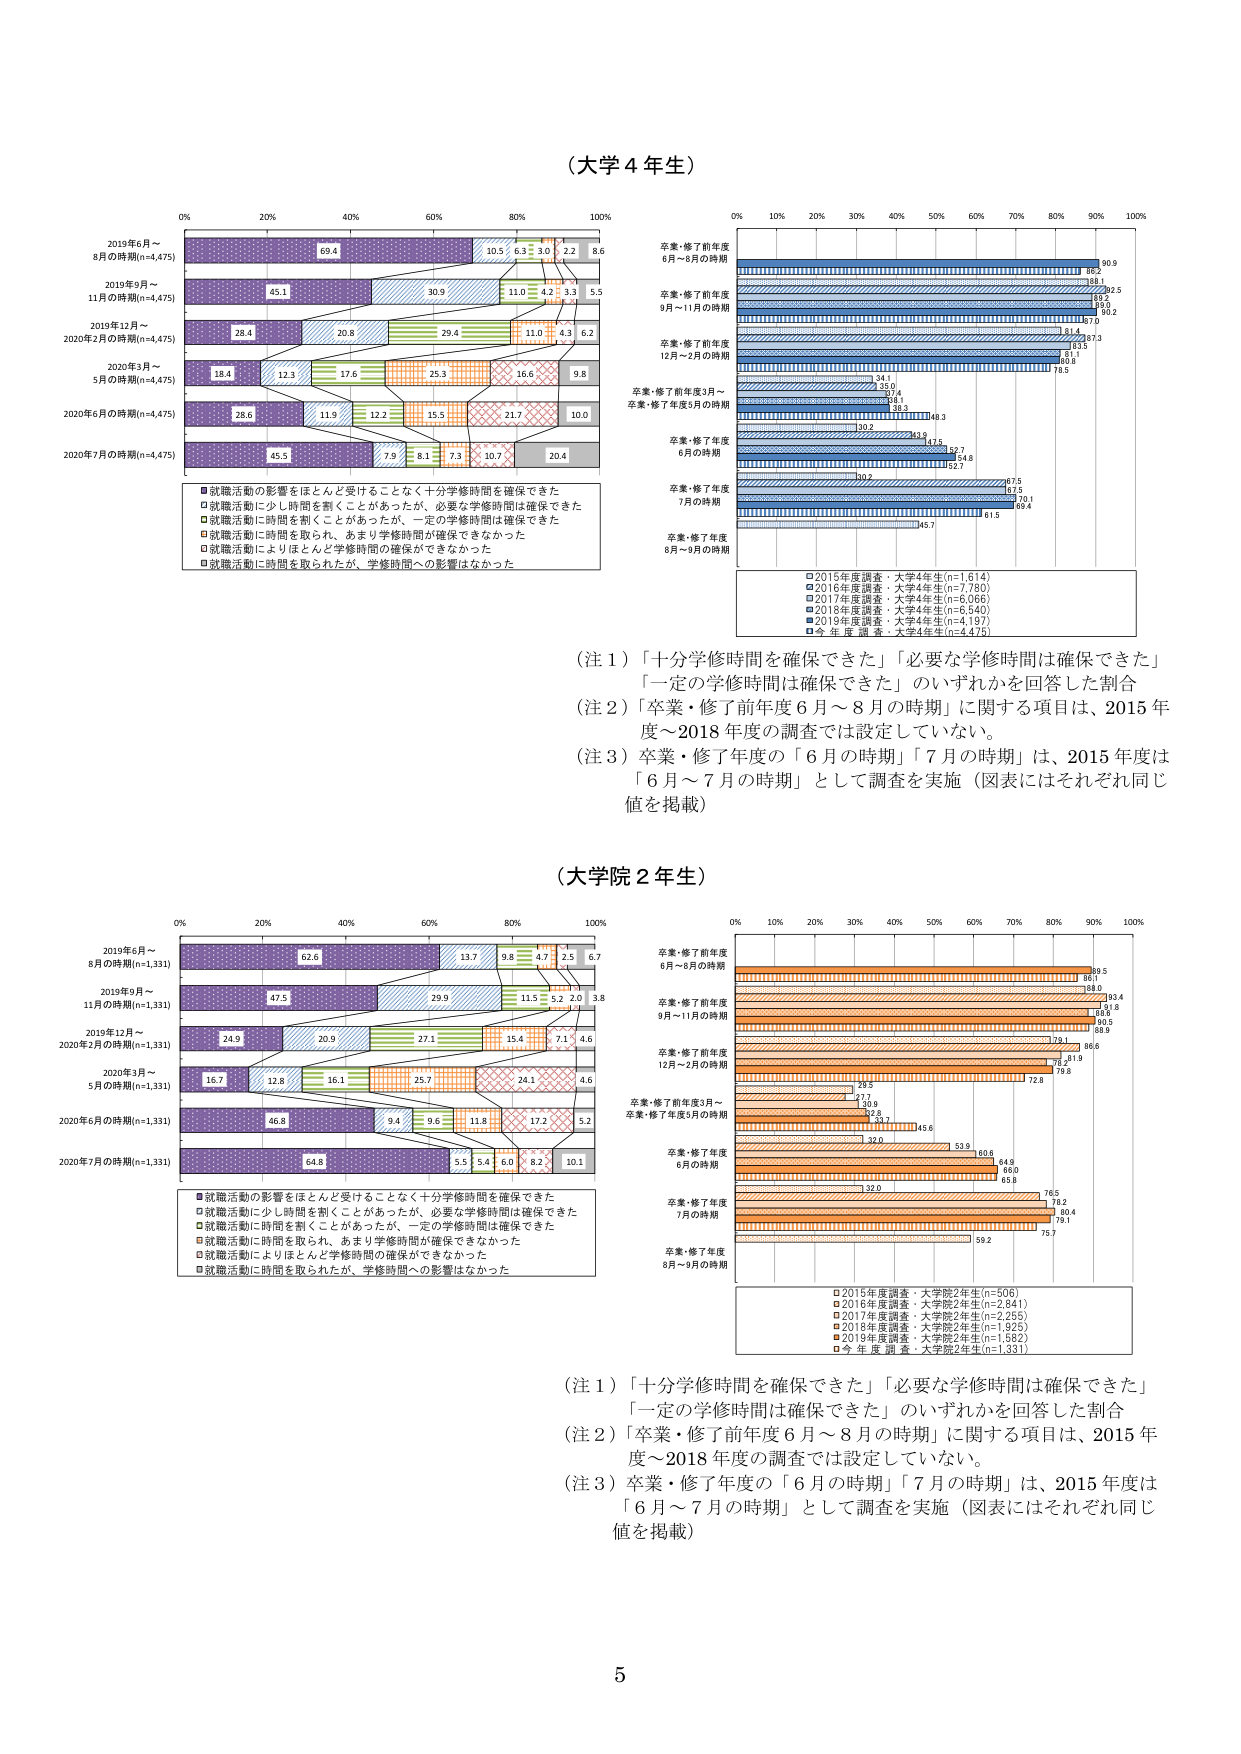
（大学４年生）

0% 20% 40% 60% 80% 100%
2019年6月～
8月の時期(n=4,475)
69.4 10.5 6.3 3.0 2.2 8.6
2019年9月～
11月の時期(n=4,475)
45.1 30.9 11.0 4.2 3.3 5.5
2019年12月～
2020年2月の時期(n=4,475)
28.4 20.8 29.4 11.0 4.3 6.2
2020年3月～
5月の時期(n=4,475)
18.4 12.3 17.6 25.3 16.6 9.8
2020年6月の時期(n=4,475)
28.6 11.5 12.2 15.5 21.7 10.0
2020年7月の時期(n=4,475)
45.5 7.9 8.1 7.3 10.7 20.4

■就職活動の影響をほとんど受けることなく十分学修時間を確保できた
□就職活動に少し時間を割くことがあったが、必要な学修時間は確保できた
□就職活動に時間を割くことがあったが、一定の学修時間は確保できた
□就職活動に時間を取られ、あまり学修時間が確保できなかった
□就職活動によりほとんど学修時間の確保ができなかった
□就職活動に時間を取られたが、学修時間への影響はなかった

0% 10% 20% 30% 40% 50% 60% 70% 80% 90% 100%
卒業・修了前年度
6月～8月の時期
90.9
86.2
88.1
82.5
81.2
90.2
87.0
卒業・修了前年度
9月～11月の時期
87.3
83.5
87.1
80.8
78.5
卒業・修了前年度
12月～2月の時期
94.1
87.6
87.4
88.1
88.3
84.3
卒業・修了前年度3月～
卒業・修了年度5月の時期
10.2
83.3
84.5
82.7
84.8
82.7
卒業・修了年度
6月の時期
87.5
82.5
80.1
80.4
卒業・修了年度
7月の時期
81.5
卒業・修了年度
8月～9月の時期
84.7

□2015年度調査：大学4年生(n=1,614)
□2016年度調査：大学4年生(n=7,780)
□2017年度調査：大学4年生(n=6,066)
□2018年度調査：大学4年生(n=6,540)
□2019年度調査：大学4年生(n=4,197)
□今年度調査：大学4年生(n=4,475)

（注１）「十分学修時間を確保できた」「必要な学修時間は確保できた」
「一定の学修時間は確保できた」のいずれかを回答した割合
（注２）「卒業・修了前年度６月～８月の時期」に関する項目は、2015年度～2018年度の調査では設定していない。
（注３）卒業・修了年度の「６月の時期」「７月の時期」は、2015年度は「６月～７月の時期」として調査を実施（図表にはそれぞれ同じ値を掲載）

（大学院２年生）

0% 20% 40% 60% 80% 100%
2019年6月～
8月の時期(n=1,331)
62.6 13.7 9.8 4.7 2.5 6.7
2019年9月～
11月の時期(n=1,331)
47.5 29.9 11.5 5.2 2.0 3.8
2019年12月～
2020年2月の時期(n=1,331)
24.9 20.9 27.1 15.4 7.1 4.6
2020年3月～
5月の時期(n=1,331)
16.7 12.8 16.1 25.7 24.1 4.6
2020年6月の時期(n=1,331)
46.8 9.4 9.6 11.8 17.2 5.2
2020年7月の時期(n=1,331)
64.8 5.5 5.4 6.0 8.2 10.1

■就職活動の影響をほとんど受けることなく十分学修時間を確保できた
□就職活動に少し時間を割くことがあったが、必要な学修時間は確保できた
□就職活動に時間を割くことがあったが、一定の学修時間は確保できた
□就職活動に時間を取られ、あまり学修時間が確保できなかった
□就職活動によりほとんど学修時間の確保ができなかった
□就職活動に時間を取られたが、学修時間への影響はなかった

0% 10% 20% 30% 40% 50% 60% 70% 80% 90% 100%
卒業・修了前年度
6月～8月の時期
89.5
86.1
93.4
88.8
85.8
80.5
88.9
卒業・修了前年度
9月～11月の時期
86.6
77.9
81.9
79.8
卒業・修了前年度
12月～2月の時期
80.5
72.8
卒業・修了前年度3月～
卒業・修了年度5月の時期
20.5
27.7
30.9
33.7
32.0
45.6
卒業・修了年度
6月の時期
53.9
60.6
64.9
66.0
65.8
卒業・修了年度
7月の時期
76.5
78.2
80.4
79.1
卒業・修了年度
8月～9月の時期
59.2
75.7

□2015年度調査：大学院2年生(n=506)
□2016年度調査：大学院2年生(n=2,841)
□2017年度調査：大学院2年生(n=2,255)
□2018年度調査：大学院2年生(n=1,925)
□2019年度調査：大学院2年生(n=1,582)
□今年度調査：大学院2年生(n=1,331)

（注１）「十分学修時間を確保できた」「必要な学修時間は確保できた」
「一定の学修時間は確保できた」のいずれかを回答した割合
（注２）「卒業・修了前年度６月～８月の時期」に関する項目は、2015年度～2018年度の調査では設定していない。
（注３）卒業・修了年度の「６月の時期」「７月の時期」は、2015年度は「６月～７月の時期」として調査を実施（図表にはそれぞれ同じ値を掲載）

5